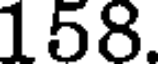
158.